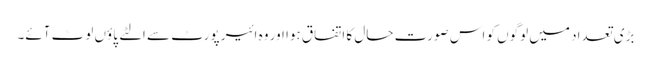
بڑی تعداد میں لوگوں کو اس صورت حال کا اتفاق ہوا اور وہ ائیر پورٹ سے الٹے پاؤں لوٹ آئے۔